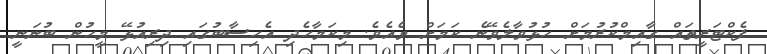
ފެކްޓަރީތައް ގާއިމްކުރުމަށް ހުޅުވާލެވޭނެ ކަމަށް ވެއެވެ. މިކަމާހެދި އެހިސާބުގައި ދިރިއުޅޭ މީހުން ބުނަނީ